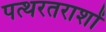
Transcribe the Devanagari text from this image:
पत्थरतराशों